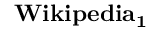
\mathbf { W i k i p e d i a _ { 1 } }